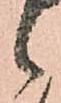
候